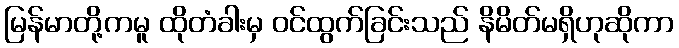
မြန်မာတို့ကမူ ထိုတံခါးမှ ဝင်ထွက်ခြင်းသည် နိမိတ်မရှိဟုဆိုကာ